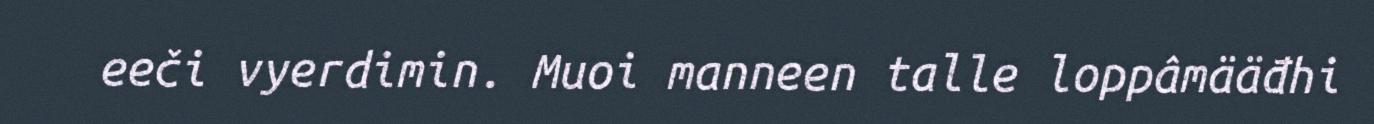
eeči vyerdimin. Muoi manneen talle loppâmääđhi